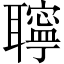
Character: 聹